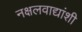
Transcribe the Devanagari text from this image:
नक्षलवाद्यांशी